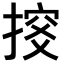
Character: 𢱇